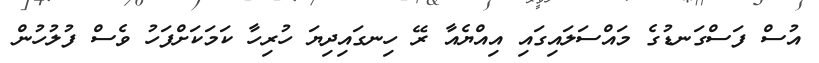
އުސް ފަސްގަނޑުގެ މައްސަލައިގައި އިއްޔެއާ ރޭ ހިނގައިދިޔަ ހުރިހާ ކަމަކަށްފަހު ވެސް ފުލުހުން